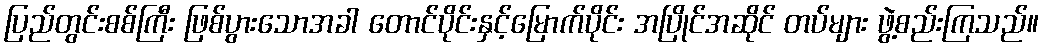
ပြည်တွင်းစစ်ကြီး ဖြစ်ပွားသောအခါ တောင်ပိုင်းနှင့်မြောက်ပိုင်း အပြိုင်အဆိုင် တပ်များ ဖွဲ့စည်းကြသည်။